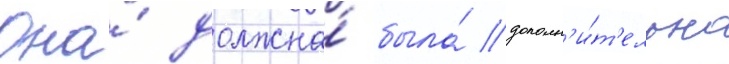
Она́ должна́ была́ дополн'и́т'ельно